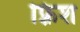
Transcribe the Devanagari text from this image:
फ़्रिश